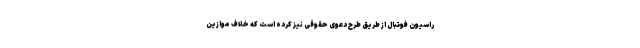
راسیون فوتبال از طریق طرح دعوی حقوقی نیز کرده است که خلاف موازین